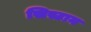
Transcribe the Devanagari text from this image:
सिस्टान